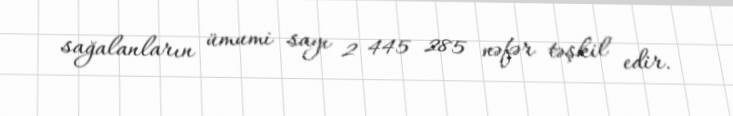
sağalanların ümumi sayı 2 445 285 nəfər təşkil edir.